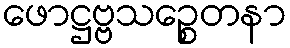
ဖောဋ္ဌဗ္ဗသဉ္စေတနာ